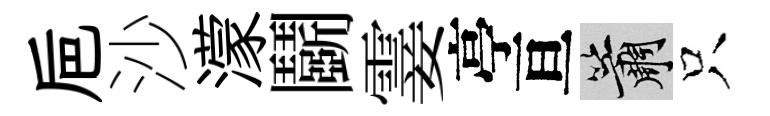
巵沙濛鬬霎亭亘簫只